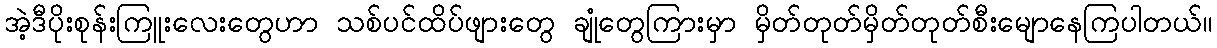
အဲ့ဒီပိုးစုန်းကြူးလေးတွေဟာ သစ်ပင်ထိပ်ဖျားတွေ ချုံတွေကြားမှာ မှိတ်တုတ်မှိတ်တုတ်စီးမျောနေကြပါတယ်။